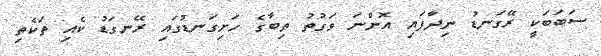
ސަބަބަކީ ރޭގަނޑު ނިދާފައި އޮންނަ ވަގުތު ތިބާގެ ހަށިގަނޑުގައި ރޭނގަޑު ކެއި ތަކެތި